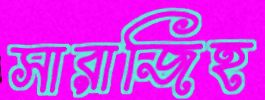
সারাজিহ